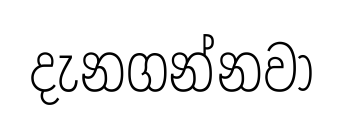
දැනගන්නවා